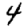
Digit: 4